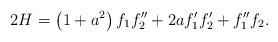
LaTeX: \begin{align*}2H=\left( 1+a^{2}\right) f_{1}f_{2}^{\prime \prime }+2af_{1}^{\prime}f_{2}^{\prime }+f_{1}^{\prime \prime }f_{2}. \end{align*}